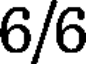
6/6